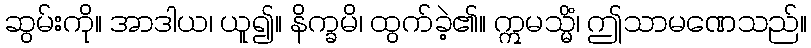
ဆွမ်းကို။ အာဒါယ၊ ယူ၍။ နိက္ခမိ၊ ထွက်ခဲ့၏။ ဣမသ္မိံ၊ ဤသာမဏေသည်။